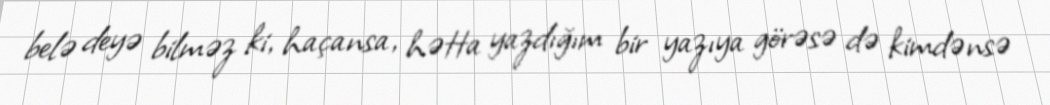
belə deyə bilməz ki, haçansa, hətta yazdığım bir yazıya görəsə də kimdənsə